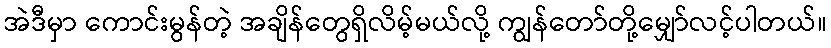
အဲဒီမှာ ကောင်းမွန်တဲ့ အချိန်တွေရှိလိမ့်မယ်လို့ ကျွန်တော်တို့မျှော်လင့်ပါတယ်။